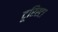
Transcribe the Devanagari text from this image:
टूरिस्टा